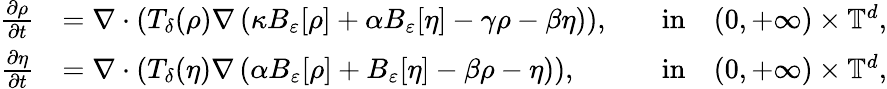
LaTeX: \begin{array}{rlrl}{\frac{\partial\rho}{\partial t}}&{=\nabla\cdot\left(T_{\delta}(\rho)\nabla\left(\kappa B_{\varepsilon}[\rho]+\alpha B_{\varepsilon}[\eta]-\gamma\rho-\beta\eta\right)\right),}&&{\mathrm{in}\quad(0,+\infty)\times\mathbb{T}^{d},}\\ {\frac{\partial\eta}{\partial t}}&{=\nabla\cdot\left(T_{\delta}(\eta)\nabla\left(\alpha B_{\varepsilon}[\rho]+B_{\varepsilon}[\eta]-\beta\rho-\eta\right)\right),}&&{\mathrm{in}\quad(0,+\infty)\times\mathbb{T}^{d},}\end{array}